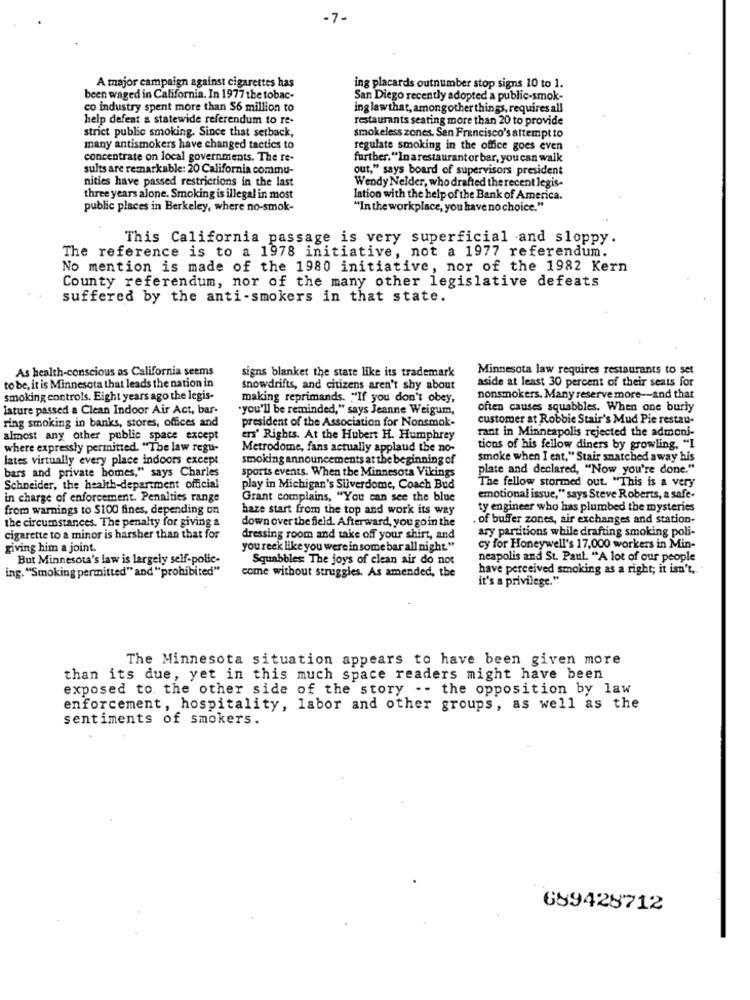
-7-
A major campaign against cigarettes has
ing placards outnumber stop signs 10 to 1.
been waged in California. In 1977 the tobac-
San Diego recently adopted a public-smok-
co industry spent more than $6 million to
ing lawthat, amongother things, requires all
help defeat a statewide referendum to re-
restaurants seating more than 20 to provide
strict public smoking. Since that setback,
smokeless zones. Sen Francisco's attempt to
many antismokers have changed tactics to
regulate smoking in the office goes even
concentrate on local governments. The re-
further."In a restaurant or bar, you can walk
sults are remarkable: 20 California commu-
out," says board of supervisors president
nities have passed restrictions in the last
Wendy Nelder, who drafted the recent legis-
three years alone. Smoking is illegal in most
lation with the help of the Bank of America.
public places in Berkeley, where no-smok-
""In the workplace, you have no choice."
This California passage is very superficial and sloppy.
The reference is to a 1978 initiative, not a 1977 referendum.
No mention is made of the 1980 initiative, nor of the 1982 Kern
County referendum, nor of the many other legislative defeats
suffered by the anti-smokers in that state.
As health-conscious as California seems
signs blanket the state like its trademark
Minnesota law requires restaurants to set
to be, it is Minnesota that leads the nation in
aside at least 30 percent of their seats for
snowdrifts, and citizens aren't shy about
smoking controls. Eight years ago the legis-
making reprimands. "If you don't obey,
nonsmokers. Many reserve more -- and that
lature passed a Clean Indoor Air Act, bar-
"you'll be reminded," says Jeanne Weigum,
often causes squabbles. When one buriy
ring smoking in banks, stores, offices and
president of the Association for Nonsmok-
customer at Robbie Stair's Mud Pie restau-
rant in Minneapolis rejected the admoni-
almost any other public space except
ers' Rights. At the Hubert H. Humphrey
where expressly permitted. "The law regu-
Metrodome, fans actually applaud the no-
tions of his fellow diners by growling. "I
lates virtually every place indoors except
smoking announcements at the beginning of
smoke when I eat," Stair snatched away his
plate and declared, "Now you're done."
bars and private homes," says Charles
sports events. When the Minnesota Vikings
The fellow stormed out. "This is a very
Schneider, the health-department official
play in Michigan's Silverdome, Coach Bud
in charge of enforcement. Penalties range
Grant complains, "You can see the blue
emotional issue," says Steve Roberts, a safe-
from warnings to $100 fines, depending on
haze start from the top and work its way
ty engineer who has plumbed the mysteries
the circumstances. The penalty for giving a
. of buffer zones, air exchanges and station-
down over the field. Afterward, you go in the
ary partitions while drafting smoking poli-
cigarette to a minor is harsher than that for
dressing room and take off your shirt, and
giving him a joint.
you reck like you were in some bar all night."
cy for Honeywell's 17,000 workers in Min-
But Minnesota's law is largely self-polie-
Squabbles: The joys of clean air do not
neapolis and St. Paul. "A lot of our people
ing. "Smoking permitted" and "prohibited"
come without struggles. As amended, the
have perceived smoking as a right; it isn't,
it's a privilege."
The Minnesota situation appears to have been given more
than its due, yet in this much space readers might have been
exposed to the other side of the story -- the opposition by law
enforcement, hospitality, labor and other groups, as well as the
sentiments of smokers.
689428712